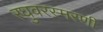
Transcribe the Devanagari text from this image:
रघुवरस्मरणी